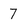
Character: 7